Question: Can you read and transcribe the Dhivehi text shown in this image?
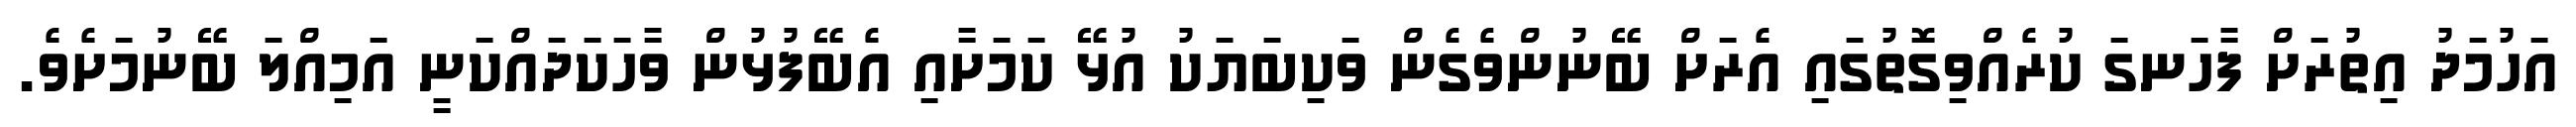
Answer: އަހުމަދު އިތުރަށް ފާހަނގަ ކުރެއްވިގޮތުގައި އެރަށް ބޭނުންވެގެން ވަކިބަޔަކު އުޅޭ ކަމަށާއި އެބޭފުޅުން ވާހަކަދައްކަނީ އަމިއްލަ ބޭނުމަށެވެ.